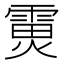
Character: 𮦟